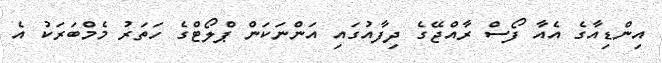
އިންޑިއާގެ އެއާ ފޯސް ރާއްޖޭގެ ދިފާއުގައި އަންނަކަން ޕްލޯޓްގެ ހަތަރު މެމްބަރަކު އެ